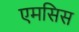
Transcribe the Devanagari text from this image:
एमसिस